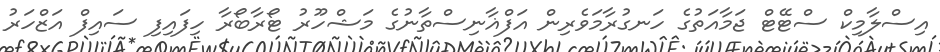
އިސްލާމިކް ސްޓޭޓް ޖަމާއަތުގެ ހަނގުރާމަވެރިން އަފްޣާނިސްތާނުގެ މަޝްހޫރު ޓޯރާބޯރާ ހިފައިފި ސައިފް އަޒްހަރު